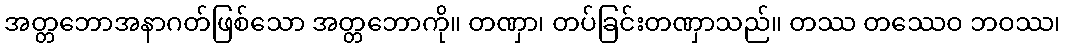
အတ္တဘောအနာဂတ်ဖြစ်သော အတ္တဘောကို။ တဏှာ၊ တပ်ခြင်းတဏှာသည်။ တဿ တဿေဝ ဘဝဿ၊